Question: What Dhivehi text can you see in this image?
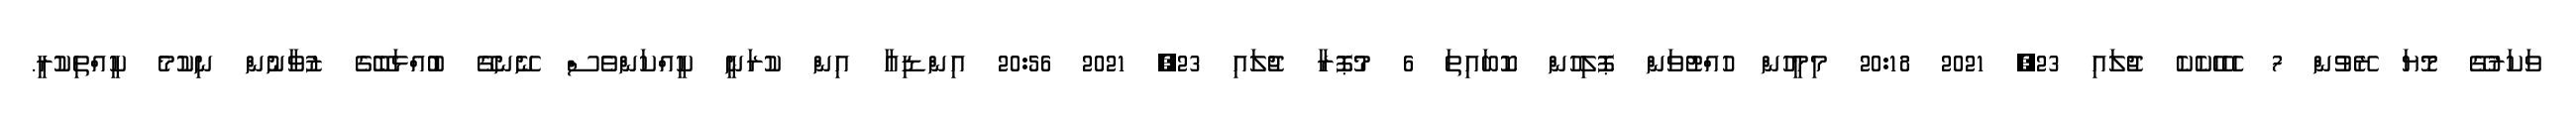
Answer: ވަކަރުގޭ މޮޔަ ރޭވުން 7 ހެހެހެކެކެ ޖުލައި 23, 2021 20:18 މިމީހުން ހުއްޓުވަން ޕޮލިހުން ކޮބައިތަ 6 މުޕޮރާ ޖުލައި 23, 2021 20:56 އިންޑިއާ އިން ކުރަނީ ކީއްކަންވެސް ނޭނގޭ ބުއްޅަބޭގެ ޒުވާނުން ނިކުމެ ކީއްތިކުރީ.